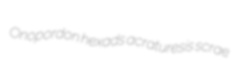
Onopordon hexads acraturesis scrae